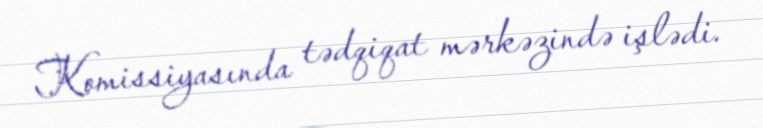
Komissiyasında tədqiqat mərkəzində işlədi.